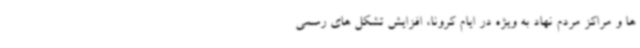
ها و مراکز مردم نهاد به ویژه در ایام کرونا، افزایش تشکل های رسمی